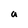
Character: a